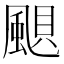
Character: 𩗗